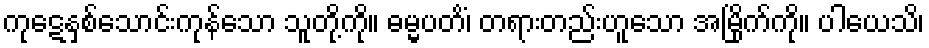
ကုဋေနှစ်သောင်းကုန်သော သူတို့ကို။ ဓမ္မပတိံ၊ တရားတည်းဟူသော အမြိုက်ကို။ ပါယေသိ၊